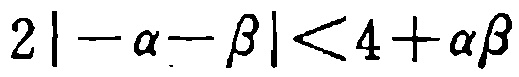
\(2|-\alpha - \beta|<4 + \alpha\beta\)